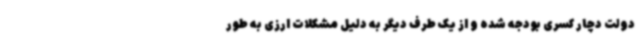
دولت دچار کسری بودجه شده و از یک طرف دیگر به دلیل مشکلات ارزی به طور